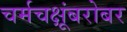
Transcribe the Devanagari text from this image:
चर्मचक्षूंबरोबर